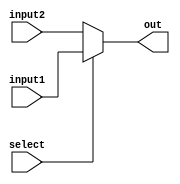
`timescale 1ns / 1ps
//////////////////////////////////////////////////////////////////////////////////
// Company: 
// Engineer: 
// 
// Design Name: 
// Module Name: Mux5
// Project Name: 
// Target Devices: 
// Tool Versions: 
// Description: 
// 
// Dependencies: 
// 
// Revision:
// Revision 0.01 - File Created
// Additional Comments:
// 
//////////////////////////////////////////////////////////////////////////////////


module Mux5(
    input select,
    input [4 : 0] input1,
    input [4 : 0] input2,
    output [4 : 0] out
    );
    assign out = select ? input1 : input2;
endmodule